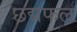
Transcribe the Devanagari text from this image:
छद्मफल